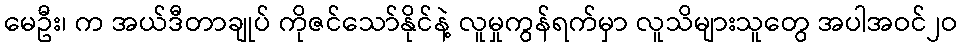
မေဦး၊ က အယ်ဒီတာချုပ် ကိုဇင်သော်နိုင်နဲ့ လူမှုကွန်ရက်မှာ လူသိများသူတွေ အပါအဝင်၂ဝ